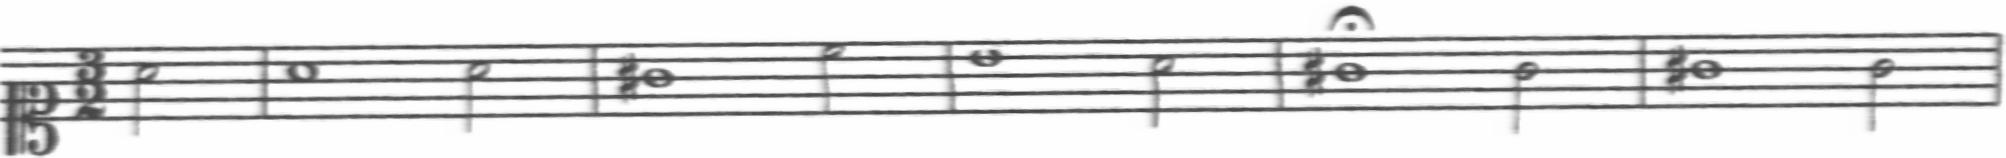
Transcription: clef-C1 timeSignature-3/2 note-A4_half barline note-A4_whole note-A4_half barline note-G#4_whole note-C5_half barline note-B4_whole note-A4_half barline note-G#4_whole_fermata note-G4_half barline note-G#4_whole note-G4_half barline